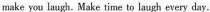
make you laugh.Make time to laugh every day.